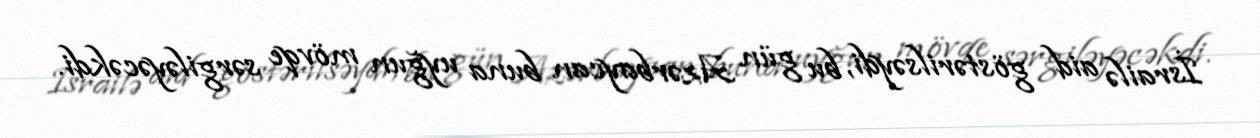
İsrailə aid göstərilsəydi, bu gün Azərbaycan buna uyğun mövqe sərgiləyəcəkdi.